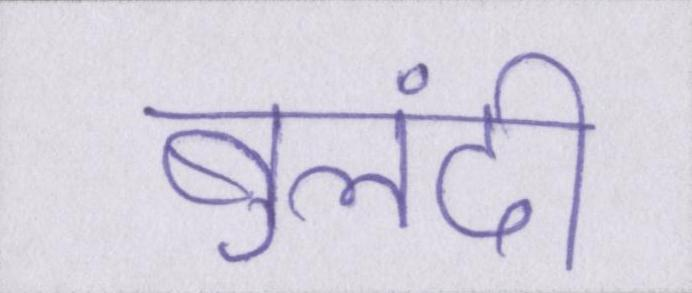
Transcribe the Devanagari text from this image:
बुलंदी